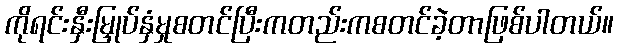
ကိုရင်းနှီးမြှုပ်နှံမှုစတင်ပြီးကတည်းကစတင်ခဲ့တာဖြစ်ပါတယ်။